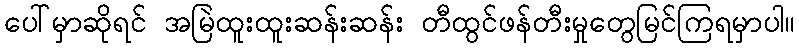
ပေါ်မှာဆိုရင် အမြဲထူးထူးဆန်းဆန်း တီထွင်ဖန်တီးမှုတွေမြင်ကြရမှာပါ။